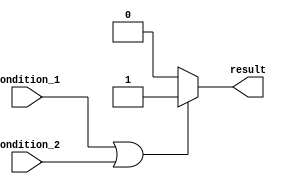
module behavioral_block (
    input condition_1,
    input condition_2,
    output reg result
);

always @(*) begin
    if (condition_1 || condition_2) begin
        // If either condition_1 or condition_2 is true, set result to 1
        result = 1;
    end
    else begin
        // If both condition_1 and condition_2 are false, set result to 0
        result = 0;
    end
end

endmodule